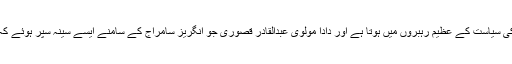
خورشید محمود قصوری جن کے والد محمود علی قصوری کا شمار پاکستان کی سیاست کے عظیم رہبروں میں ہوتا ہے اور دادا مولوی عبدالقادر قصوری جو انگریز سامراج کے سامنے ایسے سینہ سپر ہوئے کہ جو میرے جیسے حریت فکر پر یقین رکھنے والوں کے لیے باعث فخر ہیں۔